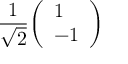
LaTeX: { \frac { 1 } { \sqrt { 2 } } } { \left( \begin{array} { l } { 1 } \\ { - 1 } \end{array} \right) }